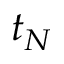
t _ { N }